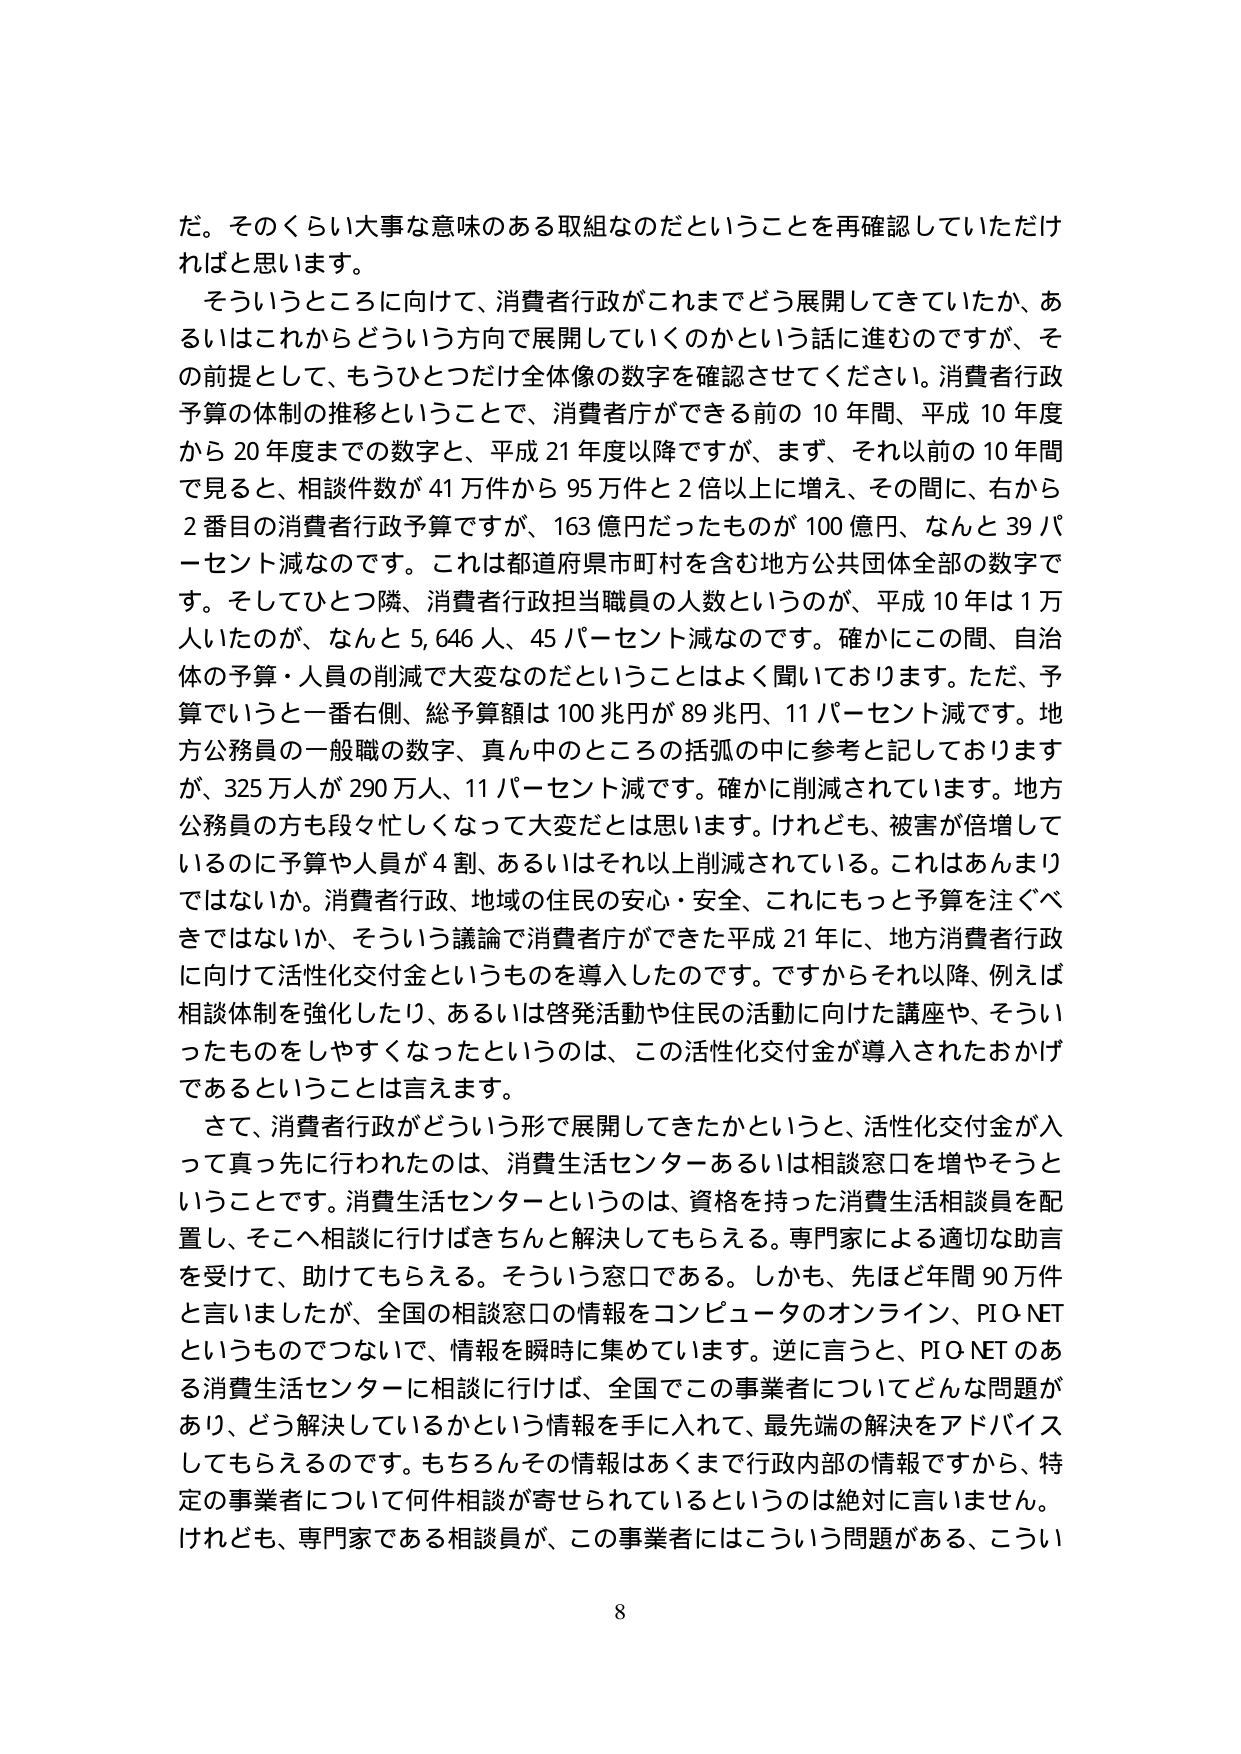
だ。そのくらい大事な意味のある取組なのだということを再確認していただければと思います。

そういうところに向けて、消費者行政がこれまでどう展開してきていたか、あるいはこれからどういう方向で展開していくのかという話に進むのですが、その前提として、もうひとつだけ全体像の数字を確認させてください。消費者行政予算の体制の推移ということで、消費者庁ができる前の10年間、平成10年度から20年度までの数字と、平成21年度以降ですが、まず、それ以前の10年間で見ると、相談件数が41万件から95万件と2倍以上に増え、その間に、右から2番目の消費者行政予算ですが、163億円だったものが100億円、なんと39パーセント減なのです。これは都道府県市町村を含む地方公共団体全部の数字です。そしてひとつ隣、消費者行政担当職員の人数というのが、平成10年は1万人いたのが、なんと5,646人、45パーセント減なのです。確かにこの間、自治体の予算・人員の削減で大変なのだということはよく聞いております。ただ、予算でいうと一番右側、総予算額は100兆円が89兆円、11パーセント減です。地方公務員の一般職の数字、真ん中のところの括弧の中に参考と記しておりますが、325万人が290万人、11パーセント減です。確かに削減されています。地方公務員の方も段々忙しくなって大変だとは思います。けれども、被害が倍増しているのに予算や人員が4割、あるいはそれ以上削減されている。これはあんまりではないか。消費者行政、地域の住民の安心・安全、これにもっと予算を注ぐべきではないか、そういう議論で消費者庁ができた平成21年に、地方消費者行政に向けて活性化交付金というものを導入したのです。ですからそれ以降、例えば相談体制を強化したり、あるいは啓発活動や住民の活動に向けた講座や、そういったものをしやすくなったというのは、この活性化交付金が導入されたおかげであるということは言えます。

さて、消費者行政がどういう形で展開してきたかというと、活性化交付金が入って真っ先に行われたのは、消費生活センターあるいは相談窓口を増やそうということです。消費生活センターというのは、資格を持った消費生活相談員を配置し、そこへ相談に行けばきちんと解決してもらえる。専門家による適切な助言を受けて、助けてもらえる。そういう窓口である。しかも、先ほど年間90万件と言いましたが、全国の相談窓口の情報をコンピュータのオンライン、PIO-NETというものでつないで、情報を瞬時に集めています。逆に言うと、PIO-NETのある消費生活センターに相談に行けば、全国でこの事業者についてどんな問題があり、どう解決しているかという情報を手に入れて、最先端の解決をアドバイスしてもらえるのです。もちろんその情報はあくまで行政内部の情報ですから、特定の事業者について何件相談が寄せられているというのは絶対に言いません。けれども、専門家である相談員が、この事業者にはこういう問題がある、こうい

8